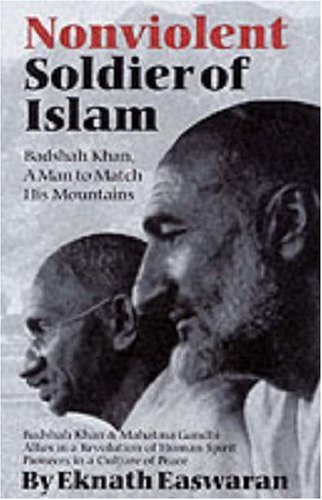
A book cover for Nonviolent Soldier of Islam: Badshah Khan: A Man to Match His Mountains, 2nd Edition; Eknath Easwaran; History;